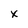
Character: x